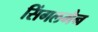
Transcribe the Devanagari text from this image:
सिंगलमैन